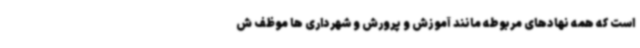
است که همه نهادهای مربوطه مانند آموزش و پرورش و شهرداری ها موظف ش